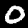
Label: 0